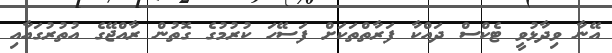
އޭނާ ވިދާޅުވީ ޓެކްސް ދައްކާ ފަރާތްތަކަށް ފަސޭހަ ކުރުމުގެ ގޮތުން ރާއްޖޭގެ އުތުރުގައާއި